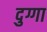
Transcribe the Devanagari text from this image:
दुग्गा